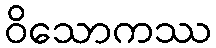
ဝိသောကဿ